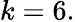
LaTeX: k=6.